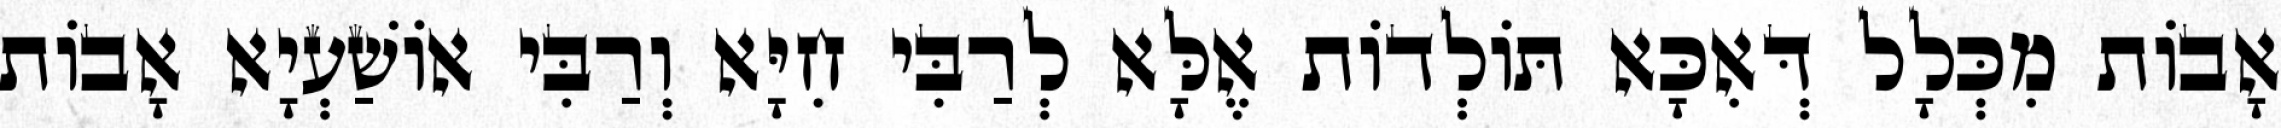
אָבוֹת מִכְּלָל דְּאִכָּא תּוֹלְדוֹת אֶלָּא לְרַבִּי חִיָּא וְרַבִּי אוֹשַׁעְיָא אָבוֹת